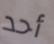
أحد